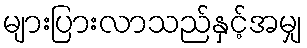
များပြားလာသည်နှင့်အမျှ